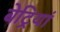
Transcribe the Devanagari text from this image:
बेट्रियां